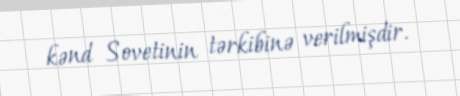
kənd Sovetinin tərkibinə verilmişdir.